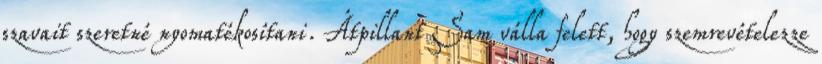
szavait szeretné nyomatékosítani. Átpillant Sam válla felett, hogy szemrevételezze